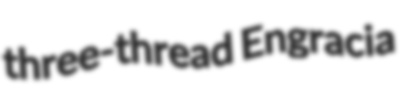
three-thread Engracia